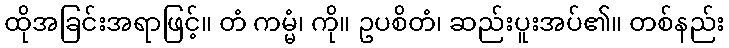
ထိုအခြင်းအရာဖြင့်။ တံ ကမ္မံ၊ ကို။ ဥပစိတံ၊ ဆည်းပူးအပ်၏။ တစ်နည်း